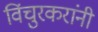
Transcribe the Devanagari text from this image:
विंचुरकरांनी